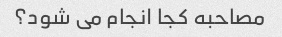
مصاحبه کجا انجام می شود؟